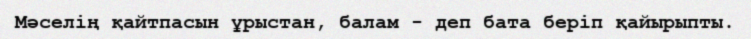
Мәселің қайтпасын ұрыстан, балам - деп бата беріп қайырыпты.